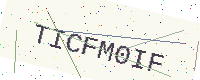
Text: TICFM0IF